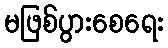
မဖြစ်ပွားစေရေး